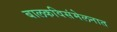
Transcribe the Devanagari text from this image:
बालकविसंमेलनात